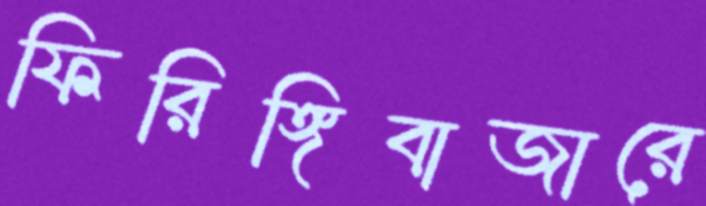
ফিরিঙ্গিবাজারে